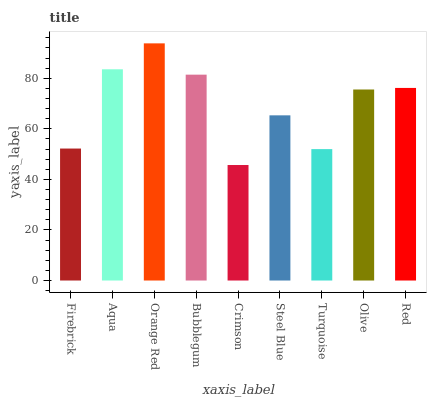
| xaxis_label | bars |
 | --- | --- |
 | Firebrick | 52.2 |
 | Aqua | 83.5 |
 | Orange Red | 93.8 |
 | Bubblegum | 81.4 |
 | Crimson | 45.7 |
 | Steel Blue | 65.3 |
 | Turquoise | 52 |
 | Olive | 75.5 |
 | Red | 76.2 |